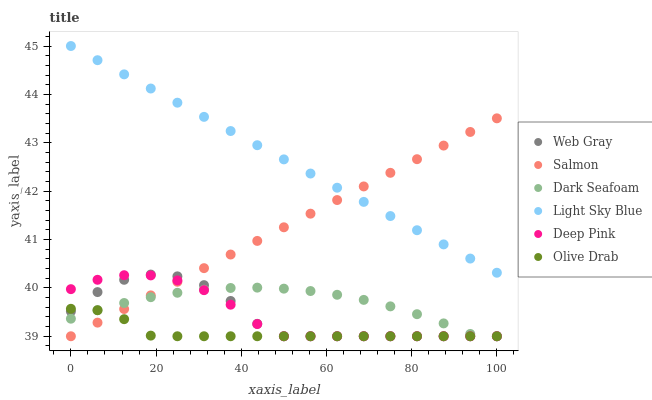
| xaxis_label | Web Gray | Salmon | Dark Seafoam | Light Sky Blue | Deep Pink | Olive Drab |
 | --- | --- | --- | --- | --- | --- | --- |
 | 0 | 39.5 | 39 | 39.4 | 45 | 40 | 39.6 |
 | 6.25 | 39.9 | 39.3 | 39.5 | 44.7 | 40.2 | 39.5 |
 | 12.5 | 40.2 | 39.6 | 39.7 | 44.4 | 40.3 | 39.4 |
 | 18.8 | 40.3 | 39.8 | 39.8 | 44.1 | 40.3 | 39 |
 | 25 | 40.2 | 40.1 | 39.9 | 43.8 | 40.2 | 39 |
 | 31.2 | 40.1 | 40.4 | 40 | 43.5 | 40 | 39 |
 | 37.5 | 39.7 | 40.7 | 40 | 43.2 | 39.7 | 39 |
 | 43.8 | 39.3 | 41 | 40 | 42.9 | 39.3 | 39 |
 | 50 | 39 | 41.3 | 40 | 42.7 | 39 | 39 |
 | 56.2 | 39 | 41.5 | 39.9 | 42.4 | 39 | 39 |
 | 62.5 | 39 | 41.8 | 39.9 | 42.1 | 39 | 39 |
 | 68.8 | 39 | 42.1 | 39.8 | 41.8 | 39 | 39 |
 | 75 | 39 | 42.4 | 39.6 | 41.5 | 39 | 39 |
 | 81.2 | 39 | 42.7 | 39.5 | 41.2 | 39 | 39 |
 | 87.5 | 39 | 42.9 | 39.3 | 40.9 | 39 | 39 |
 | 93.8 | 39 | 43.2 | 39 | 40.6 | 39 | 39 |
 | 100 | 39 | 43.5 | 39 | 40.3 | 39 | 39 |